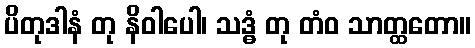
ပိတုဒါနံ တု နိဝါပေါ၊ သဒ္ဓံ တု တံဝ သာတ္ထတော။